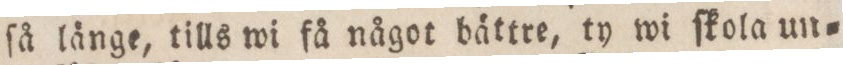
ſå länge, tills wi få något bättre, ty wi ſkola un=